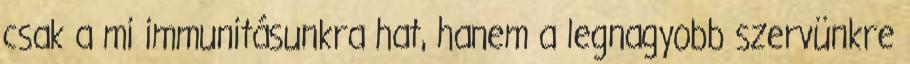
csak a mi immunitásunkra hat, hanem a legnagyobb szervünkre